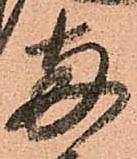
両